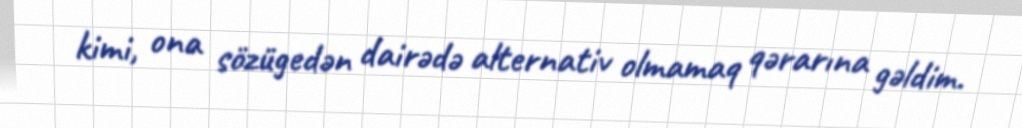
kimi, ona sözügedən dairədə alternativ olmamaq qərarına gəldim.